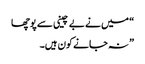
“ میں نے بے چینی سے پوچھا
” نہ جانے کون ہیں۔